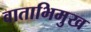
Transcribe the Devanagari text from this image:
वाताभिमुख